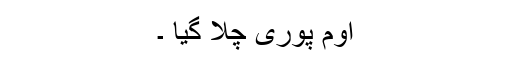
اوم پوری چلا گیا ۔